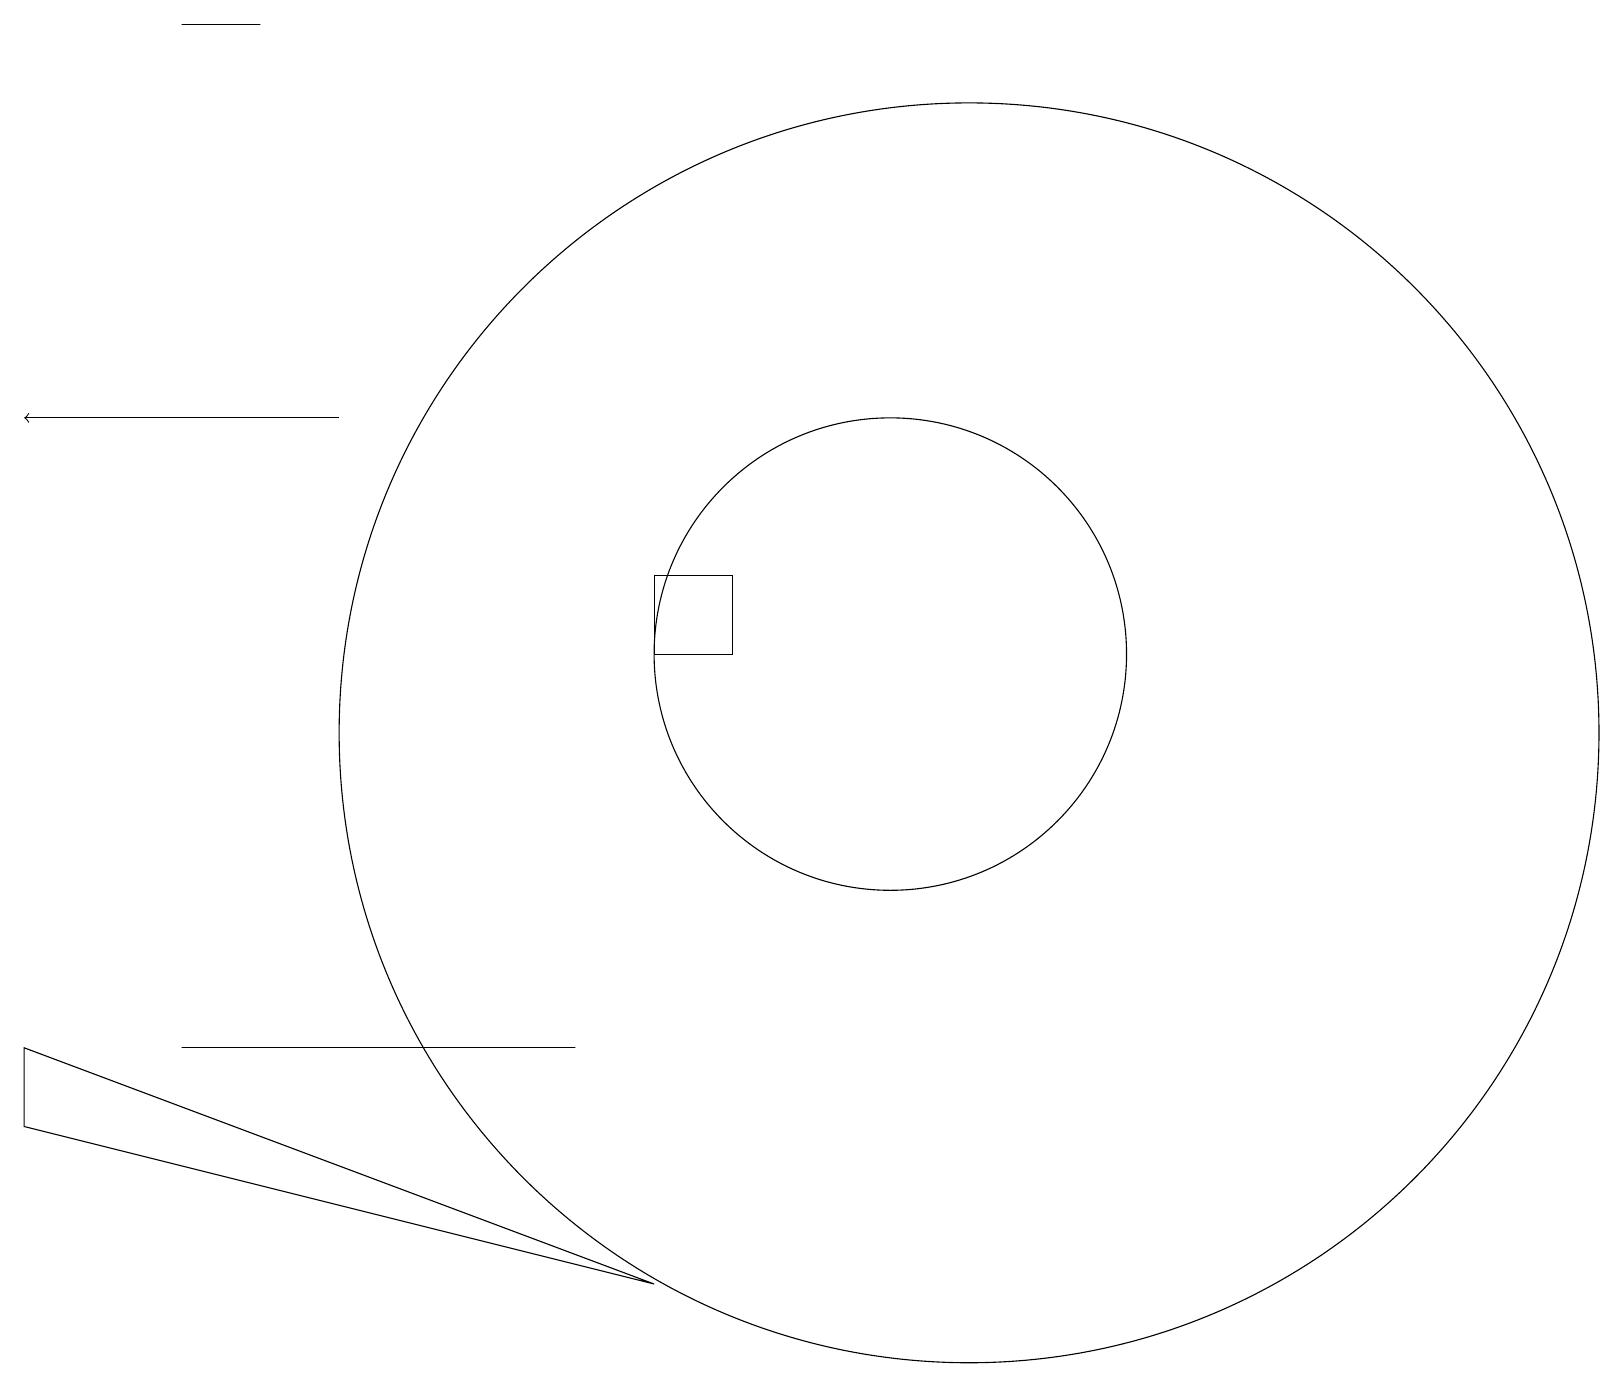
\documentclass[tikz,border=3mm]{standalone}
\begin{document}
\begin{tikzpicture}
\draw (12,10) circle (8);
\draw (8,12) rectangle (9,11);
\draw (2,19) rectangle (3,19);
\draw (7,6) -- (2,6) -- (3,6) -- cycle;
\draw (11,11) circle (3);
\draw (8,3) -- (0,6) -- (0,5) -- cycle;
\draw[->] (4,14) -- (0,14);
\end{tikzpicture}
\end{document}